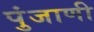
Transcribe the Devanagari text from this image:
पुंजाणी